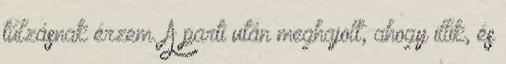
túlzásnak érzem. A parti után meghajolt, ahogy illik, és